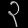
Digit: ၃